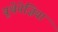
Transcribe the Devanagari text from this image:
यूथेनेज़िया